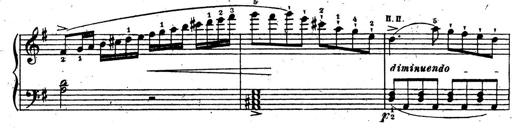
Title: 10 Sonatinas
Composer: Fritz Spindler